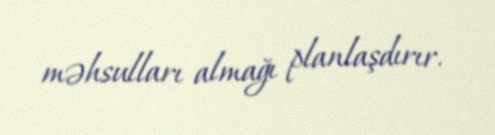
məhsulları almağı planlaşdırır.